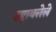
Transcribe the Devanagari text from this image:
उष्टावलेले